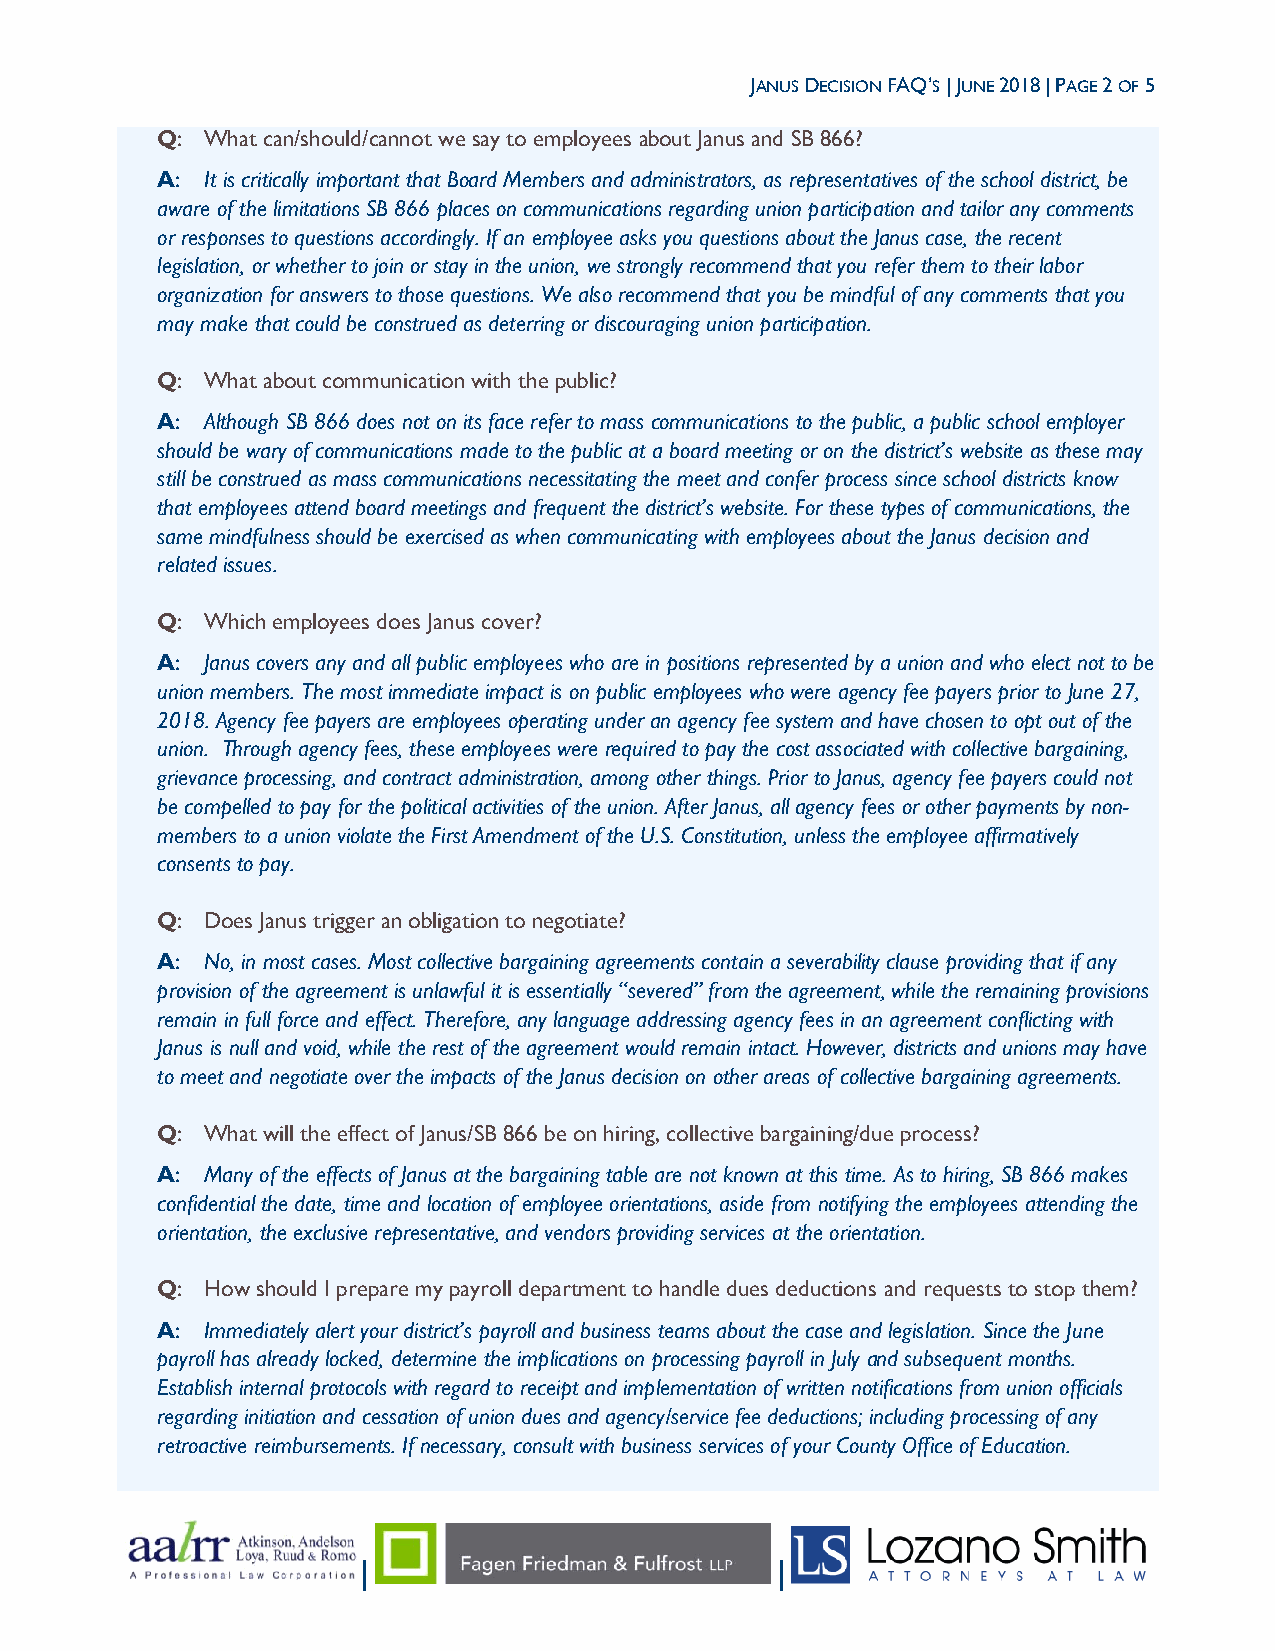
JANUS DECISION FAQ’S | JUNE 2018 | PAGE 2 OF 5
 Q:  What can/should/cannot we say to employees about Janus and SB 866?
 A:  It is critically important that Board Members and administrators, as representatives of the school district, be
 aware of the limitations SB 866 places on communications regarding union participation and tailor any comments
 or responses to questions accordingly. If an employee asks you questions about the Janus case, the recent
 legislation, or whether to join or stay in the union, we strongly recommend that you refer them to their labor
 organization for answers to those questions. We also recommend that you be mindful of any comments that you
 may make that could be construed as deterring or discouraging union participation.
 Q:  What about communication with the public?
 A:  Although SB 866 does not on its face refer to mass communications to the public, a public school employer
 should be wary of communications made to the public at a board meeting or on the district’s website as these may
 still be construed as mass communications necessitating the meet and confer process since school districts know
 that employees attend board meetings and frequent the district’s website. For these types of communications, the
 same mindfulness should be exercised as when communicating with employees about the Janus decision and
 related issues.
 Q:  Which employees does Janus cover?
 A:  Janus covers any and all public employees who are in positions represented by a union and who elect not to be
 union members. The most immediate impact is on public employees who were agency fee payers prior to June 27,
 2018. Agency fee payers are employees operating under an agency fee system and have chosen to opt out of the
 union. Through agency fees, these employees were required to pay the cost associated with collective bargaining,
 grievance processing, and contract administration, among other things. Prior to Janus, agency fee payers could not
 be compelled to pay for the political activities of the union. After Janus, all agency fees or other payments by non-
 members to a union violate the First Amendment of the U.S. Constitution, unless the employee affirmatively
 consents to pay.
 Q:  Does Janus trigger an obligation to negotiate?
 A:  No, in most cases. Most collective bargaining agreements contain a severability clause providing that if any
 provision of the agreement is unlawful it is essentially “severed” from the agreement, while the remaining provisions
 remain in full force and effect. Therefore, any language addressing agency fees in an agreement conflicting with
 Janus is null and void, while the rest of the agreement would remain intact. However, districts and unions may have
 to meet and negotiate over the impacts of the Janus decision on other areas of collective bargaining agreements.
 Q:  What will the effect of Janus/SB 866 be on hiring, collective bargaining/due process?
 A:  Many of the effects of Janus at the bargaining table are not known at this time. As to hiring, SB 866 makes
 confidential the date, time and location of employee orientations, aside from notifying the employees attending the
 orientation, the exclusive representative, and vendors providing services at the orientation.
 Q:  How should I prepare my payroll department to handle dues deductions and requests to stop them?
 A:  Immediately alert your district’s payroll and business teams about the case and legislation. Since the June
 payroll has already locked, determine the implications on processing payroll in July and subsequent months.
 Establish internal protocols with regard to receipt and implementation of written notifications from union officials
 regarding initiation and cessation of union dues and agency/service fee deductions; including processing of any
 retroactive reimbursements. If necessary, consult with business services of your County Office of Education.
 |                          |